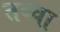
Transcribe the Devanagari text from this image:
तव्चा